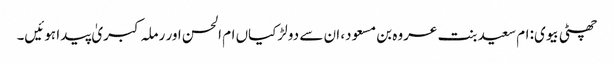
چھٹی بیوی: ام سعید بنت عروہ بن مسعود، ان سے دو لڑکیاں ام الحسن اور رملہ کبریٰ پیدا ہوئیں۔